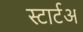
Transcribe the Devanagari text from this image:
स्टार्टअ